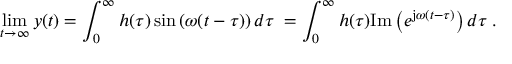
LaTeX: \operatorname* { l i m } _ { t \to \infty } y ( t ) = \int _ { 0 } ^ { \infty } h ( \tau ) \sin \left( \omega ( t - \tau ) \right) d \tau \; = \int _ { 0 } ^ { \infty } h ( \tau ) \mathrm { I m } \left( e ^ { \mathrm { j } \omega ( t - \tau ) } \right) d \tau \; .